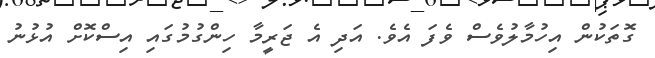
ގޮތަކުން އިހުމާލުވެސް ވެފަ އެވެ. އަދި އެ ޖަރީމާ ހިންގުމުގައި އިސްކޮށް އުޅުނު